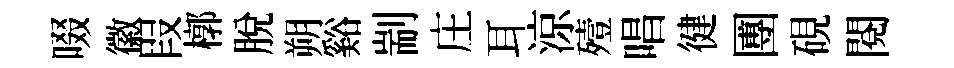
啜徽叚槨脫朔谿剬庄耳涼殪唱徤圑硯閱